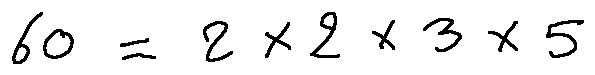
6 0 = 2 \times 2 \times 3 \times 5